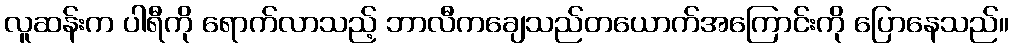
လူဆန်းက ပါရီကို ရောက်လာသည့် ဘာလီကချေသည်တယောက်အကြောင်းကို ပြောနေသည်။